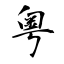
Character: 粤